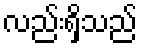
လည်းရှိသည်